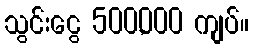
သွင်းငွေ 500,000 ကျပ်။